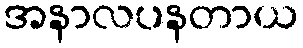
အနာလပနတာယ